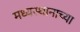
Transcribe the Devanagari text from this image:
मध्यस्थानाच्या